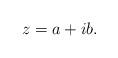
LaTeX: \begin{align*}z=a+ib.\end{align*}